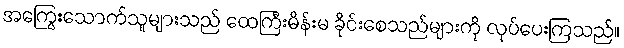
အကြွေးသောက်သူများသည် ထေကြီးမိန်းမ ခိုင်းစေသည်များကို လုပ်ပေးကြသည်။